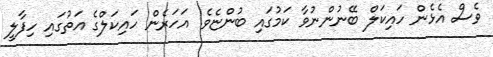
ވެސް އެޅެން ހައިކަލް ބޭނުންނުވާ ކަމުގައި ބުންޏެވެ. އަހަރެން ހައިކަލްގެ އަތުގައި ހިފާލީ